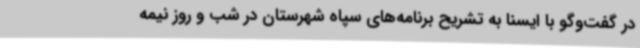
در گفت‌وگو با ایسنا به تشریح برنامه‌های سپاه شهرستان در شب و روز نیمه